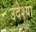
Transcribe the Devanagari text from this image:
उदेश्या